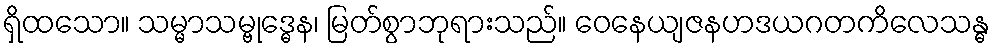
ရှိထသော။ သမ္မာသမ္ဗုဒ္ဓေန၊ မြတ်စွာဘုရားသည်။ ဝေနေယျဇနဟဒယဂတကိလေသန္ဓ